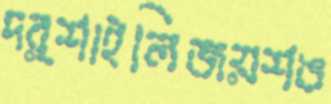
দর্শাইলিজয়শঙ